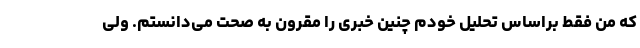
که من فقط براساس تحلیل خودم چنین خبری را مقرون به صحت می‌دانستم. ولی